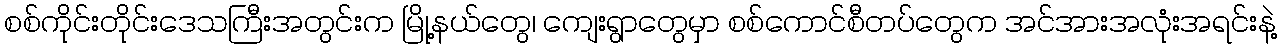
စစ်ကိုင်းတိုင်းဒေသကြီးအတွင်းက မြို့နယ်တွေ၊ ကျေးရွာတွေမှာ စစ်ကောင်စီတပ်တွေက အင်အားအလုံးအရင်းနဲ့